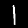
Label: 1